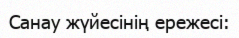
Санау жүйесінің ережесі: